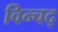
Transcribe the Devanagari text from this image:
विन्चद्